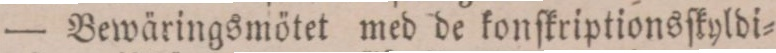
— Bewäringsmötet med de konſkriptionsſkyldi=